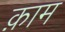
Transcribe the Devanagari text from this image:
क़ाम